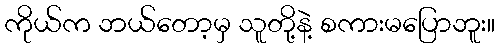
ကိုယ်က ဘယ်တော့မှ သူတို့နဲ့ စကားမပြောဘူး။